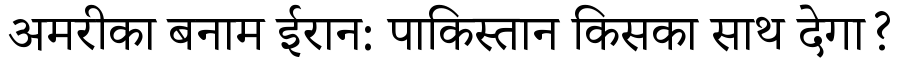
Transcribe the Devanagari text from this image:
अमरीका बनाम ईरान: पाकिस्तान किसका साथ देगा?